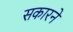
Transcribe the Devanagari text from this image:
सकारने